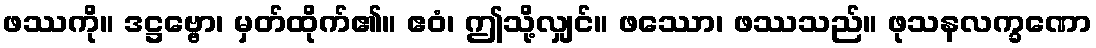
ဖဿကို။ ဒဋ္ဌဗ္ဗော၊ မှတ်ထိုက်၏။ ဧဝံ၊ ဤသို့လျှင်။ ဖဿော၊ ဖဿသည်။ ဖုသနလက္ခဏော